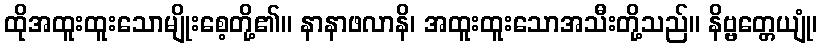
ထိုအထူးထူးသောမျိုးစေ့တို့၏။ နာနာဖလာနိ၊ အထူးထူးသောအသီးတို့သည်။ နိဗ္ဗတ္တေယျုံ၊